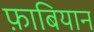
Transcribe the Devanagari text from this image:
फ़ाबियान